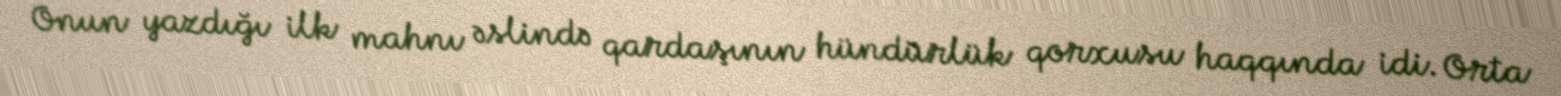
Onun yazdığı ilk mahnı əslində qardaşının hündürlük qorxusu haqqında idi. Orta